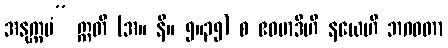
အနုက္ကမံ” ဣတိ (အ။ နိ။ ၅။၃၅) စ ဧဝမာဒီဟိ နယေဟိ ဘဂဝတာ